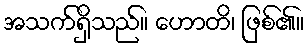
အသက်ရှိသည်။ ဟောတိ၊ ဖြစ်၏။